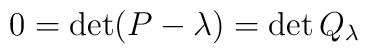
0=\det (P-\lambda ) = \det Q_{\lambda }